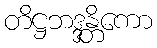
တိဋ္ဌဘဒ္ဒန္တိကော